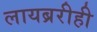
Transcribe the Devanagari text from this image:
लायब्ररीही